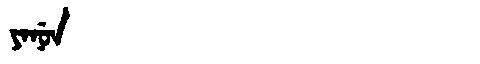
Manchu: ᠶᠠᠨᡠᠨ
Romanization: YANUN